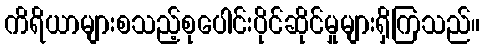
ကိရိယာများစသည့်စုပေါင်းပိုင်ဆိုင်မှုများရှိကြသည်။